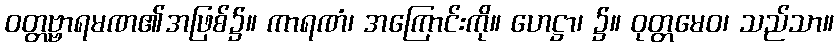
ဝတ္တဗ္ဗာရမဏ၏အဖြစ်၌။ ကာရဏံ၊ အကြောင်းကို။ ဟေဋ္ဌာ၊ ၌။ ဝုတ္တမေဝ၊ သည်သာ။